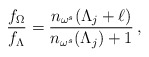
\begin{align*}\frac{f_{\Omega}}{f_{\Lambda}}= \frac{ n_{\omega^s}(\Lambda_j+\ell)} {n_{\omega^s}(\Lambda_j)+1} \, ,\end{align*}